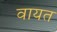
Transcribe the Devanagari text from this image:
वायत